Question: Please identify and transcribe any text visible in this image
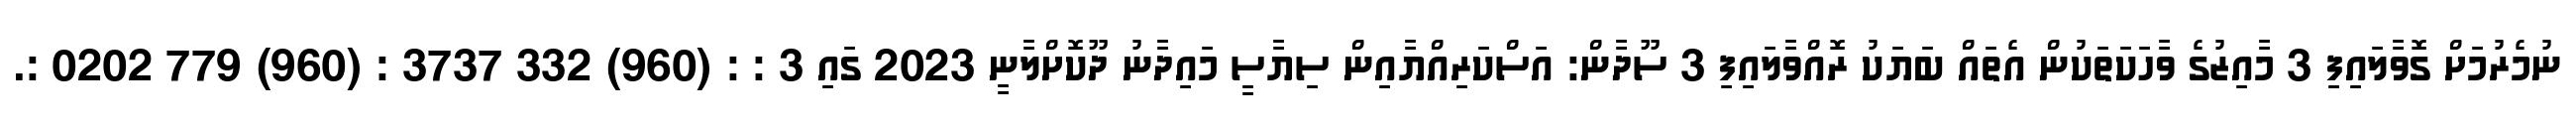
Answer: ނުމެރުމަށް ގޮވާލައިފި 3 މާއިޒުގެ ވާހަކަތަކުން އެތައް ބަޔަކު ރޮއްވާލައިފި 3 ސޫދާން: އަސްކަރިއްޔާއިން ސިޔާސީ މައިދާނު ދޫކޮށްލާނީ 2023 ގައި 3 : : (960) 332 3737 : (960) 779 0202 :.